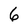
Character: 6